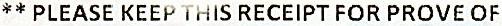
** PLEASE KEEP THIS RECEIPT FOR PROVE OF